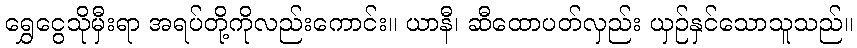
ရွှေငွေသိုမှီးရာ အရပ်တို့ကိုလည်းကောင်း။ ယာနီ၊ ဆီထောပတ်လှည်း ယှဉ်နှင်သောသူသည်။